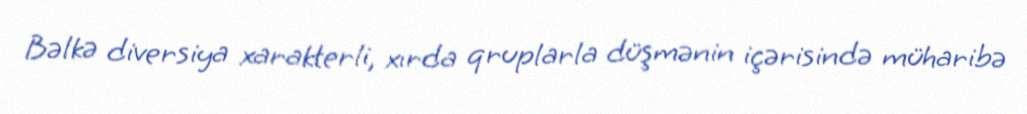
Bəlkə diversiya xarakterli, xırda qruplarla düşmənin içərisində müharibə